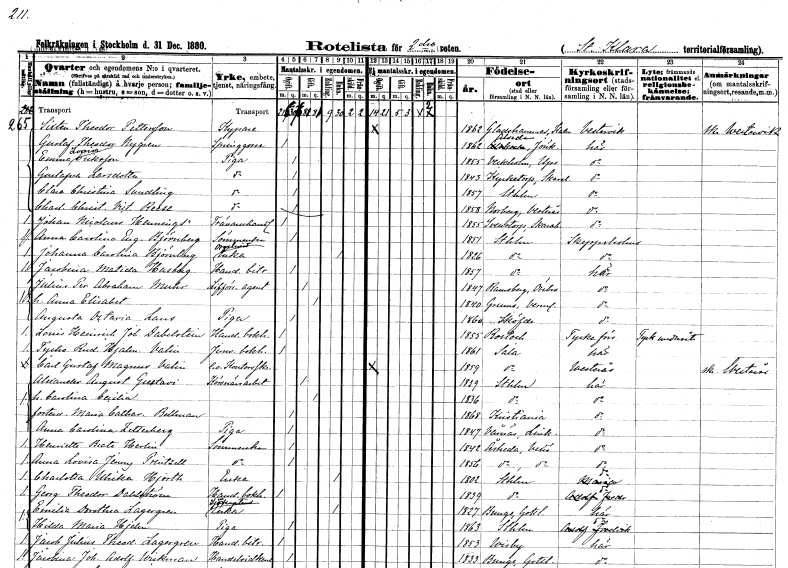
gt_parse: households: individuals: FN: Sixten Theodor
EN: Pettersson
YRKE: Kypare
KON: M
CIV: O
FODAR: 1862
FODFORS: Gladhammar Kalmar län
FN: Gustaf Theodor
EN: Nygren
YRKE: Springgosse
KON: M
CIV: O
FODAR: 1862
FODFORS: Alseda Jönköpings län
FN: Emma Lovisa
EN: Eriksson
YRKE: Piga
KON: K
CIV: O
FODAR: 1855
FODFORS: Veckholm Uppsala län
FN: Gustafva
EN: Larsdotter
YRKE: Piga
KON: K
CIV: O
FODAR: 1843
FODFORS: Kyrketorp Skaraborgs län
FN: Clara Christina
EN: Sundling
YRKE: Piga
KON: K
CIV: O
FODAR: 1857
FODFORS: Stockholm
FN: Charlotta Christina Victoria
EN: Reese
YRKE: Piga
KON: K
CIV: O
FODAR: 1858
FODFORS: Norberg Västmanlands län
FN: Johan Nicolaus
EN: Hennings
YRKE: Trävaruhandlare
KON: M
CIV: O
FODAR: 1855
FODFORS: Sventorp Skaraborgs län
FN: Anna Carolina Eugenia
EN: Björnberg
YRKE: Sömmerska
KON: K
CIV: O
FODAR: 1851
FODFORS: Stockholm
FN: Johanna Carolina
EN: Björnberg
YRKE: Orgelnistsänka
KON: K
CIV: E
FODAR: 1826
FODFORS: Stockholm
FN: Jacobina Matilda
EN: Husberg
YRKE: Handelsbiträde
KON: K
CIV: O
FODAR: 1857
FODFORS: Stockholm
FN: Julius Per Abraham
EN: Muhr
YRKE: Livförsäkringsagent
KON: M
CIV: G
FODAR: 1847
FODFORS: Ramsberg Örebro län
FN: Anna Elisabet
KON: K
CIV: G
FODAR: 1840
FODFORS: Grums Värmlands län
FN: Augusta Octavia
EN: Lans
YRKE: Piga
KON: K
CIV: O
FODAR: 1860
FODFORS: Skövde Skaraborgs län
FN: Louis Heinrich Joh.
EN: Dabelstein
YRKE: Handelsbokhållare
KON: M
CIV: O
FODAR: 1855
FN: Tycho Rudolf Hjalmar
EN: Valin
YRKE: Järnvägsbokhållare
KON: M
CIV: O
FODAR: 1861
FODFORS: Sala Västmanlands län
FN: Carl Gustaf Magnus
EN: Valin
YRKE: Kontorsskrivare e.o.
KON: M
CIV: O
FODAR: 1859
FODFORS: Sala Västmanlands län
FN: Alexander August
EN: Gustavi
YRKE: Körsnärsarbetare
KON: M
CIV: G
FODAR: 1839
FODFORS: Stockholm
FN: Carolina Cecilia
KON: K
CIV: G
FODAR: 1836
FODFORS: Stockholm
FN: Maria Catharina
EN: Bellman
KON: K
CIV: O
FODAR: 1868
FN: Anna Carolina
EN: Zetterberg
YRKE: Piga
KON: K
CIV: O
FODAR: 1847
FODFORS: Vårdnäs Östergötlands län
FN: Henriette Beate
EN: Herlin
YRKE: Sömmerska
KON: K
CIV: O
FODAR: 1842
FODFORS: Åseda Kronobergs län
FN: Anna Lovisa Jenny
EN: Printzell
YRKE: Sömmerska
KON: K
CIV: O
FODAR: 1856
FODFORS: Åseda Kronobergs län
FN: Charlotta Ulrika
EN: Hjorth
YRKE: Änka
KON: K
CIV: E
FODAR: 1802
FODFORS: Stockholm
FN: Georg Theodor
EN: Dahlström
YRKE: Handelsbokhållare
KON: M
CIV: O
FODAR: 1839
FODFORS: Stockholm